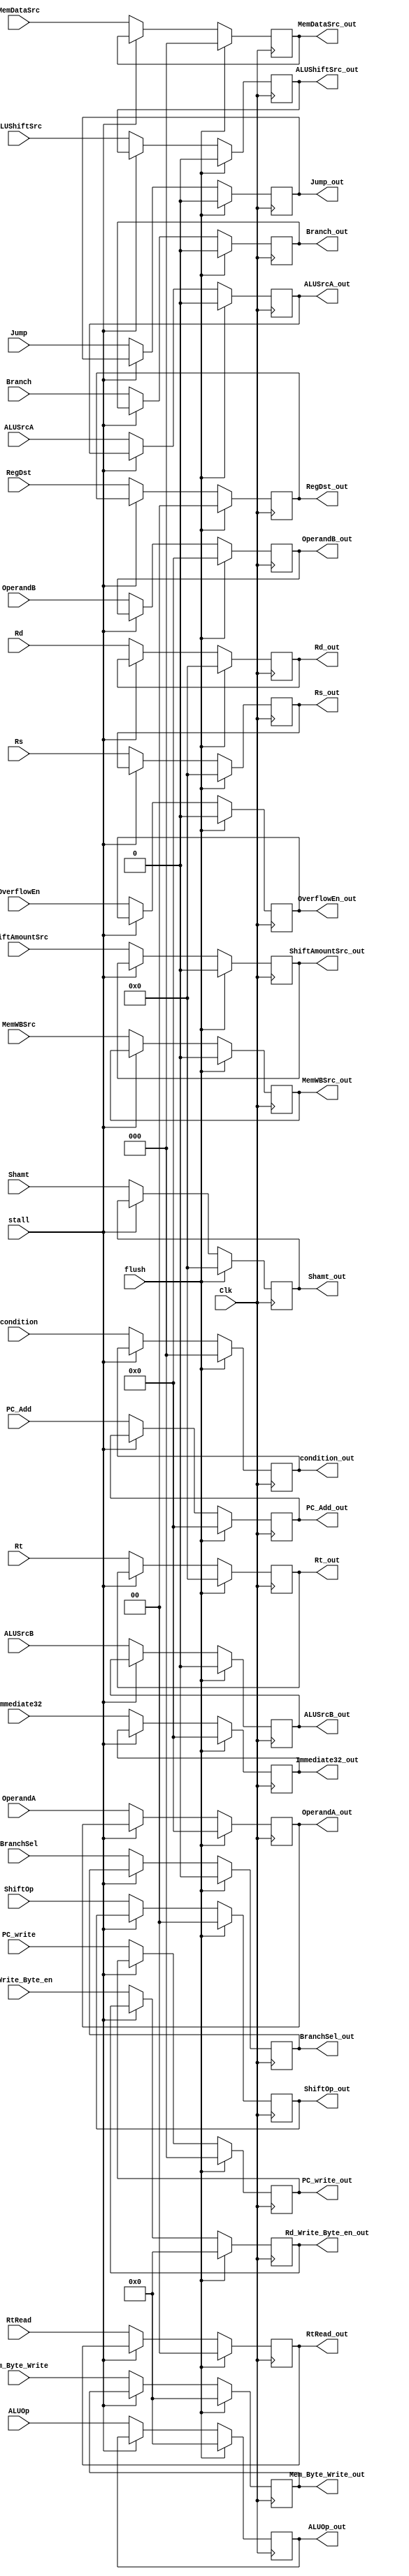
module ID_EX_Seg(
input Clk,
input stall,
input flush,

input [31:0]PC_Add,
input OverflowEn,
input[2:0] condition,
input Branch,
input[2:0] PC_write,//Unknown
input[3:0] Mem_Byte_Write,
input[3:0] Rd_Write_Byte_en,
input MemWBSrc,
input Jump,
input ALUShiftSrc,

input [2:0]MemDataSrc,
input ALUSrcA,ALUSrcB,

input [3:0] ALUOp,
input [1:0] RegDst,
input ShiftAmountSrc,

input [1:0] ShiftOp,
input [31:0] OperandA,OperandB,
input [4:0]Rs,Rt,Rd,
input [31:0] Immediate32,
input [4:0]Shamt,
input BranchSel,
input [1:0] RtRead,

output reg [31:0]PC_Add_out,
output reg OverflowEn_out,
output reg[2:0] condition_out,
output reg Branch_out,
output reg[2:0] PC_write_out,
output reg[3:0] Mem_Byte_Write_out,
output reg[3:0] Rd_Write_Byte_en_out,
output reg MemWBSrc_out,
output reg Jump_out,
output reg ALUShiftSrc_out,

output reg [2:0]MemDataSrc_out,
output reg ALUSrcA_out,ALUSrcB_out,

output reg [3:0] ALUOp_out,
output reg [1:0] RegDst_out,
output reg ShiftAmountSrc_out,

output reg [1:0] ShiftOp_out,
output reg [31:0] OperandA_out,OperandB_out,
output reg [4:0] Rs_out,Rt_out,Rd_out,
output reg [31:0] Immediate32_out,
output reg [4:0]Shamt_out,
output reg BranchSel_out,
output reg [1:0] RtRead_out
);

always@(posedge Clk)
begin
if(flush)begin 
	PC_Add_out <= 32'h0;
	OverflowEn_out <= 1'b0;
	condition_out <= 3'b0;
	Branch_out <= 1'b0;
	PC_write_out <= 3'b0;
	Mem_Byte_Write_out <= 4'b0;
	Rd_Write_Byte_en_out <= 4'b0;
	MemWBSrc_out <= 1'b0;
	Jump_out <= 1'b0;
	
	ALUShiftSrc_out <= 1'b0;
	MemDataSrc_out <= 3'b0;
	
	
	ALUSrcA_out <= 1'b0;
	ALUSrcB_out <= 1'b0;
	ALUOp_out <= 4'b0;
	RegDst_out <= 2'b0;
	ShiftAmountSrc_out <= 1'b0;
	
	ShiftOp_out <= 2'b0;//
	OperandA_out <= 32'b0;
	OperandB_out <= 32'b0;
	Rs_out <= 5'b0;
	Rt_out <= 5'b0;
	Rd_out <= 5'b0;
	Immediate32_out <= 32'b0;
	Shamt_out <= 5'b0;
	BranchSel_out <= 1'b0;
	RtRead_out <= 1'b0;
end
else if(~stall)
begin
	PC_Add_out <= PC_Add;
	OverflowEn_out <= OverflowEn;
	condition_out <= condition;
	Branch_out <= Branch;
	PC_write_out <= PC_write;
	Mem_Byte_Write_out <= Mem_Byte_Write;
	Rd_Write_Byte_en_out <= Rd_Write_Byte_en;
	MemWBSrc_out <= MemWBSrc;
	Jump_out <= Jump;
	ALUShiftSrc_out <= ALUShiftSrc;
	MemDataSrc_out <= MemDataSrc;
	ALUSrcA_out <= ALUSrcA;
	ALUSrcB_out <= ALUSrcB;
	ALUOp_out <= ALUOp;
	RegDst_out <= RegDst;
	ShiftAmountSrc_out <= ShiftAmountSrc;
	ShiftOp_out <= ShiftOp;
	OperandA_out <= OperandA;
	OperandB_out <= OperandB;
	Rs_out <= Rs;
	Rt_out <= Rt;
	Rd_out <= Rd;
	Immediate32_out <= Immediate32;
	Shamt_out <= Shamt;
	BranchSel_out <= BranchSel;
	RtRead_out <= RtRead;
end
end
endmodule